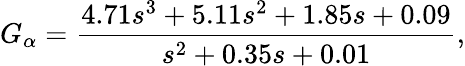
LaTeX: G_{\alpha}=\frac{4.71s^{3}+5.11s^{2}+1.85s+0.09}{s^{2}+0.35s+0.01},